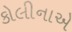
કોલીનાએ